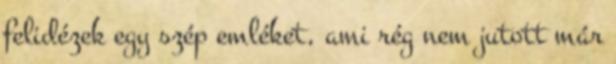
felidézek egy szép emléket, ami rég nem jutott már